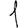
Digit: 1